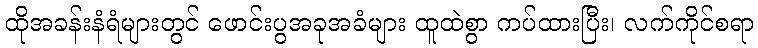
ထိုအခန်းနံရံများတွင် ဖောင်းပွအခုအခံများ ထူထဲစွာ ကပ်ထားပြီး၊ လက်ကိုင်စရာ